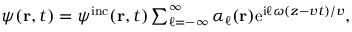
\begin{array} { r } { \psi ( { \bf r } , t ) = \psi ^ { \mathrm { i n c } } ( { \bf r } , t ) \sum _ { \ell = - \infty } ^ { \infty } \alpha _ { \ell } ( { \bf r } ) \mathrm { e } ^ { \mathrm { i } \ell \omega ( z - v t ) / v } , } \end{array}